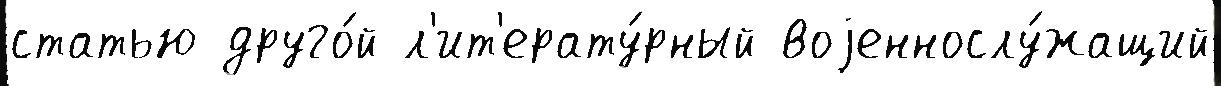
статью друго́й л'ит'ерату́рный воjеннослу́жащий